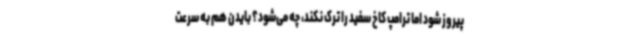
پیروز شود اما ترامپ کاخ سفید را ترک نکند، چه می‌شود؟ بایدن هم به سرعت